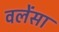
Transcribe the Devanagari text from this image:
वलेंसा